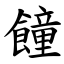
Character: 䭚